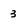
Character: 3